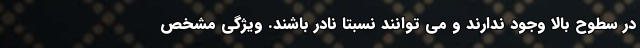
در سطوح بالا وجود ندارند و می توانند نسبتا نادر باشند. ویژگی مشخص